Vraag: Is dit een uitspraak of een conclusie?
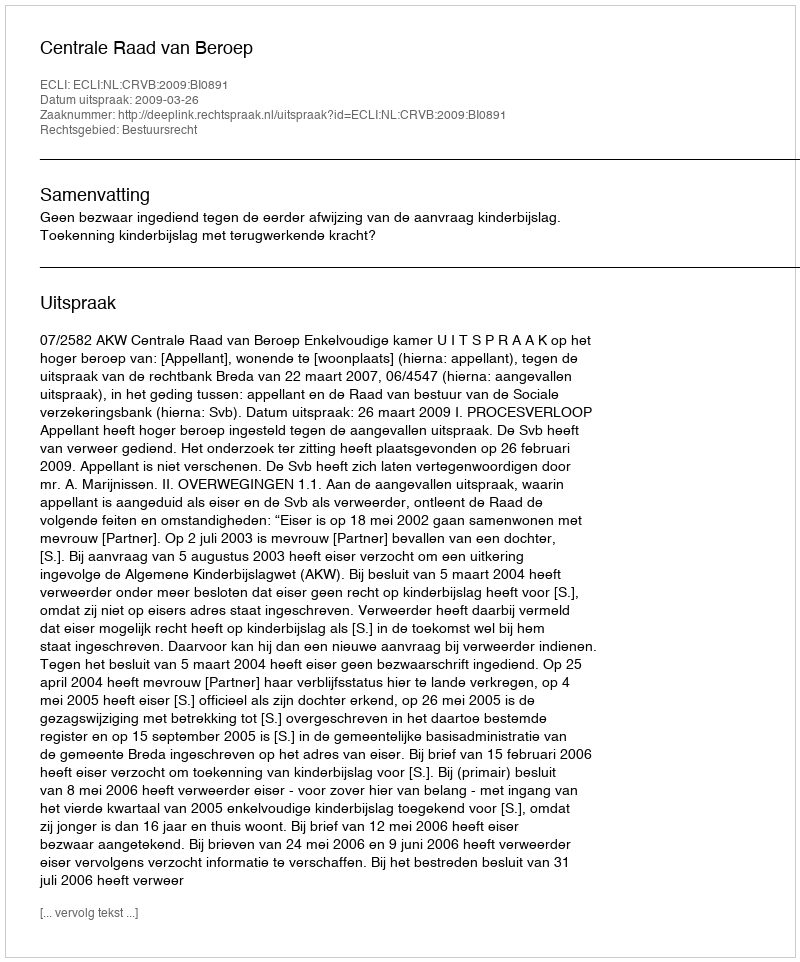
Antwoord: Uitspraak